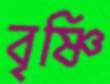
বৃষ্ণি